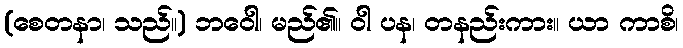
(စေတနာ၊ သည်။) ဘဝေါ၊ မည်၏။ ဝါ ပန၊ တနည်းကား။ ယာ ကာစိ၊